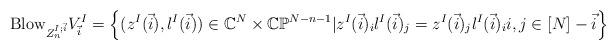
LaTeX: \begin{align*}\mathrm{Blow}_{Z_n^{I;\vec{i}}} V^I_{\vec{i}} = \left\{ (z^I(\vec{i}) , l^I(\vec{i}) ) \in \mathbb{C}^N \times \mathbb{CP}^{N-n-1} | z^I(\vec{i})_i l^I(\vec{i})_j = z^I(\vec{i})_j l^I(\vec{i})_i i,j \in [N] - \vec{i} \right\}\end{align*}